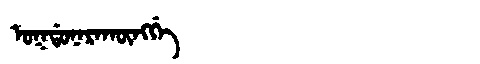
Manchu: ᠣᡴᡩᠣᠨᠠᡵᠠᡴᡡᠩᡤᡝ
Romanization: OKDONARAKŪNGGE